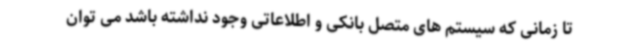
تا زمانی که سیستم های متصل بانکی و اطلاعاتی وجود نداشته باشد می توان